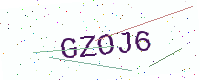
Text: GZOJ6